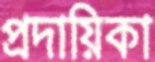
প্রদায়িকা